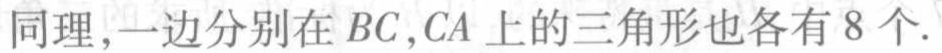
同理,一边分别在 \(BC,CA\) 上的三角形也各有 \(8\) 个.